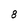
Character: 8